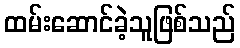
ထမ်းဆောင်ခဲ့သူဖြစ်သည်